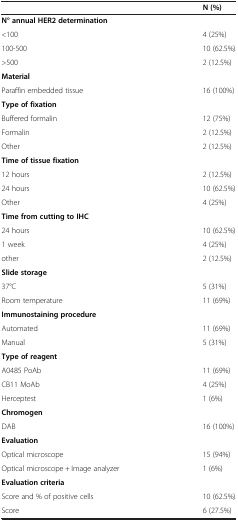
<table><thead><tr><td><b> </b></td><td><b>N (%)</b></td></tr></thead><tbody><tr><td><b>N° annual HER2 determination</b></td><td> </td></tr><tr><td>&lt;100</td><td>4 (25%)</td></tr><tr><td>100-500</td><td>10 (62.5%)</td></tr><tr><td>&gt;500</td><td>2 (12.5%)</td></tr><tr><td><b>Material</b></td><td> </td></tr><tr><td>Paraffin embedded tissue</td><td>16 (100%)</td></tr><tr><td><b>Type of fixation</b></td><td> </td></tr><tr><td>Buffered formalin</td><td>12 (75%)</td></tr><tr><td>Formalin</td><td>2 (12.5%)</td></tr><tr><td>Other</td><td>2 (12.5%)</td></tr><tr><td><b>Time of tissue fixation</b></td><td> </td></tr><tr><td>12 hours</td><td>2 (12.5%)</td></tr><tr><td>24 hours</td><td>10 (62.5%)</td></tr><tr><td>Other</td><td>4 (25%)</td></tr><tr><td><b>Time from cutting to IHC</b></td><td> </td></tr><tr><td>24 hours</td><td>10 (62.5%)</td></tr><tr><td>1 week</td><td>4 (25%)</td></tr><tr><td>other</td><td>2 (12.5%)</td></tr><tr><td><b>Slide storage</b></td><td> </td></tr><tr><td>37°C</td><td>5 (31%)</td></tr><tr><td>Room temperature</td><td>11 (69%)</td></tr><tr><td><b>Immunostaining procedure</b></td><td> </td></tr><tr><td>Automated</td><td>11 (69%)</td></tr><tr><td>Manual</td><td>5 (31%)</td></tr><tr><td><b>Type of reagent</b></td><td> </td></tr><tr><td>A0485 PoAb</td><td>11 (69%)</td></tr><tr><td>CB11 MoAb</td><td>4 (25%)</td></tr><tr><td>Herceptest</td><td>1 (6%)</td></tr><tr><td><b>Chromogen</b></td><td> </td></tr><tr><td>DAB</td><td>16 (100%)</td></tr><tr><td><b>Evaluation</b></td><td> </td></tr><tr><td>Optical microscope</td><td>15 (94%)</td></tr><tr><td>Optical microscope + Image analyzer</td><td>1 (6%)</td></tr><tr><td><b>Evaluation criteria</b></td><td> </td></tr><tr><td>Score and % of positive cells</td><td>10 (62.5%)</td></tr><tr><td>Score</td><td>6 (27.5%)</td></tr></tbody></table>